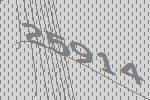
25914